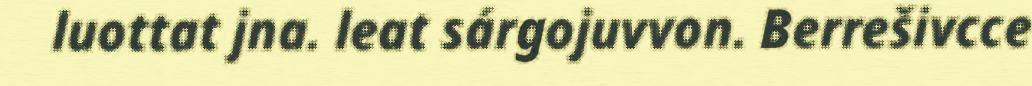
luottat jna. leat sárgojuvvon. Berrešivcce